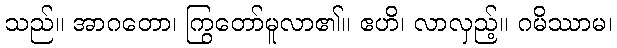
သည်။ အာဂတော၊ ကြွတော်မူလာ၏။ ဧဟိ၊ လာလှည့်။ ဂမိဿာမ၊